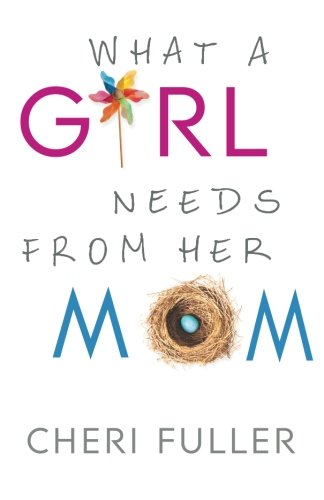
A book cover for What a Girl Needs From Her Mom; Cheri Fuller; Parenting & Relationships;